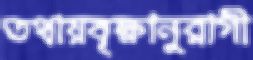
তথায়বৃক্ষানুরাগী